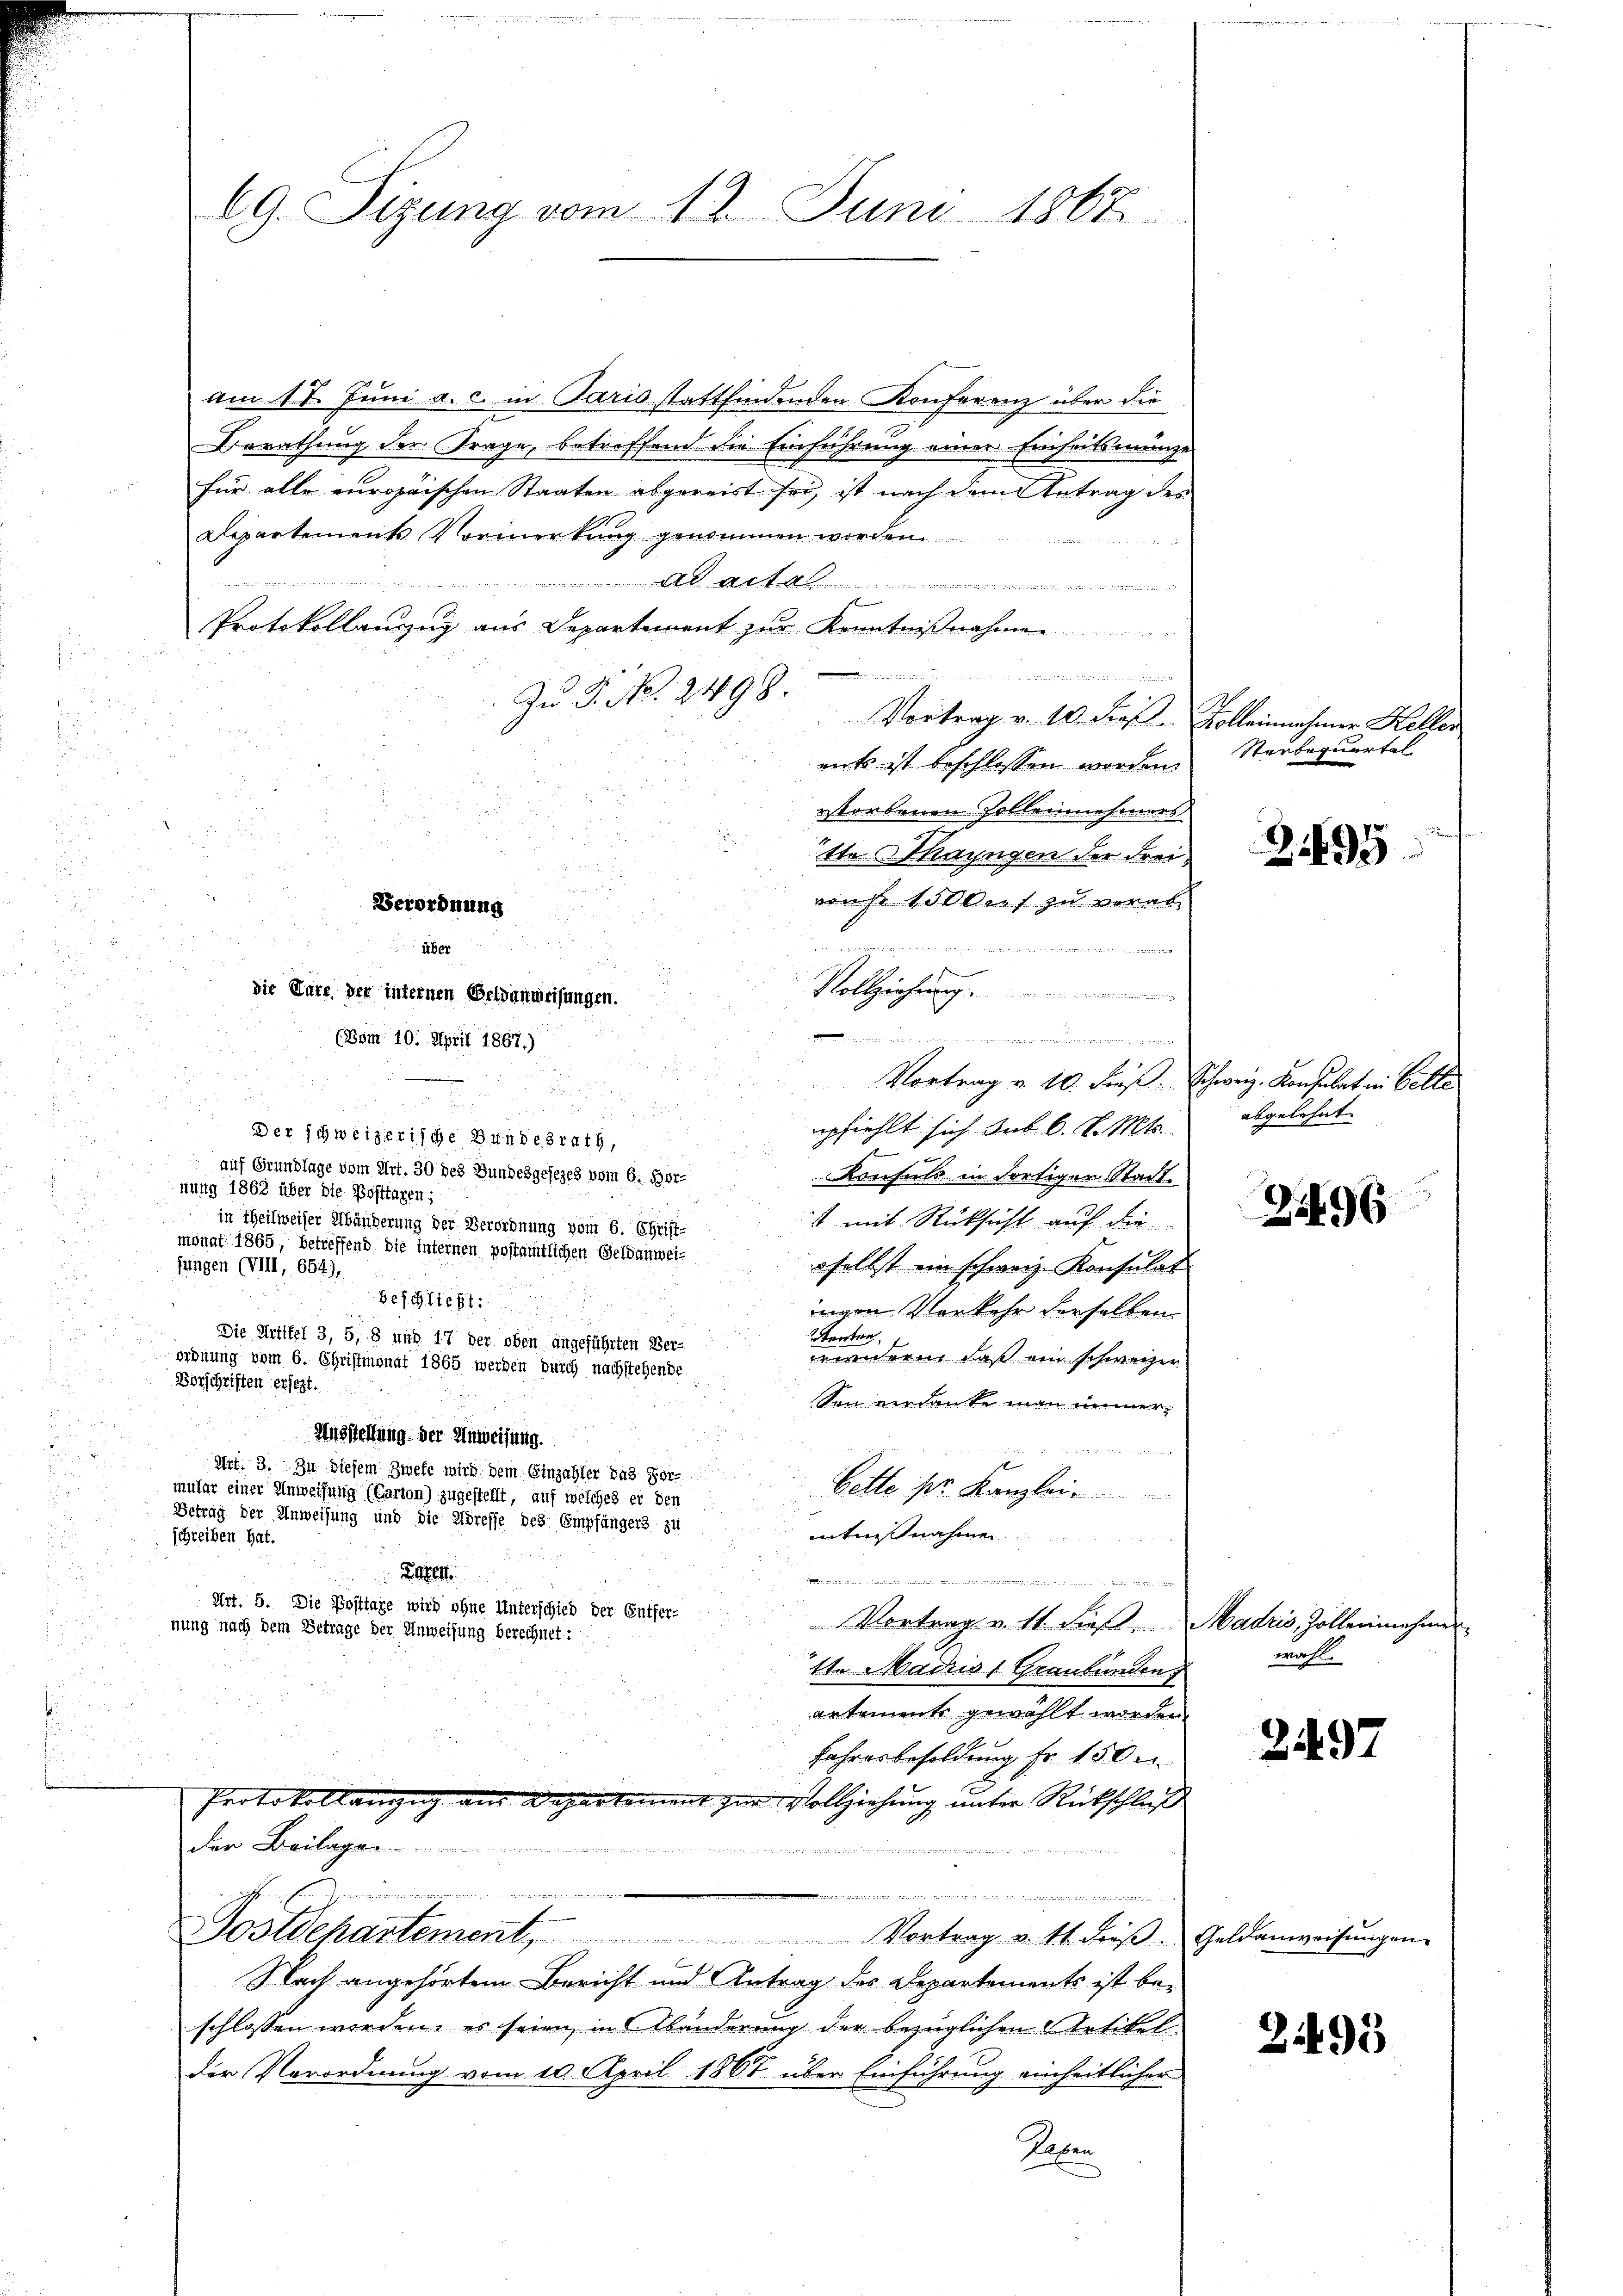
69. Sizung vom 12. Juni 1867

am 17. Juni a. c. in Paris stattfindenden Konferenz über die
Berathung der Frage, betreffend die Einführung einer Einheitsmünze
für alle europäischen Staaten abgereist sei, ist nach dem Antrag des
Departements Vormerkung genommen worden

t- |
f
Protokollanzug aus Departement zur Kenntnißnahme

Zu P. Nr. 2498.
Vortrag v. 10. Fros. Kolleinnahmer Keller
mits ist beschlossen worden.
estorbenen sollennehmers
tte. Mayngen der Freivon 150 dies zu verab¬
2 f 0 x
Vollziehung.
die Täte der internen Geldanweisungen.
(Böm 10. April 1867.)
Vortrag v. 10. dieß. Schweiz. Konsulat in Belle

mpfiehlt sich sub 6. d. Mts.
Der schweizerische Bundesrath,
u
8
auf Grundlage vom Art. 30 des Bundesgesezes vom 6. For-
Konsuls in dortigen Stadt
nung 1862 über die Posttagen;
s mit Rücksicht auf die
in Theilweiser Abänderung der Verordnung vom 6. Christ-
monat 1865, betreffend die internen postamtlichen Geldanweijungen (VIII, 654),
oselbst ein schweiz. Konsulat

Beschließt:
ingen Vorkehr derselben
tenten
Die Artikel 3, 5, 8 und 17 der oben angeführten Ver-
wirnern, daß ein schweizer
ordnung vom 6. Christmonat 1865 werden durch nachstehende
Vorschriften ersezt.
Son verdanke man immer¬
Ausstellung der Anweisung.
Art. 3. Zu diesem Zwefe wird dem Einzahler das For-
bette pr. Kanzlei
mular einer Anweisung (Carton) zugestellt, auf welches er den
Betrag der Anweisung und die Adresse des Empfängers zu
nntnisnahme
schreiben hat.
Roten

n
Art. 5. Die Posttaxe wird ohne Unterschied der Entfer-
Vortrag v. 11. dieß, Madris, Zolleinehme
nung nach dem Betrage der Anweisung berechnet:
tte Madrist Graubünden,
artements gewählt worden.
Jahresbesoldung fr. 150 u
Protokoll anzug aus Repartement zur Vollziehung unter Rückschluß
der Beilage
e
.
ostlchartement, Vortrag v. 14 dieβ. Geldanweisŭngen.
Nach angehörtem Bericht und Antrag des Departements ist be-
schlossen worden, es seien in Abänderung der bezüglichen Artikelder Verordnung vom 10. April 1867 über Einführung einheitlicher
Leben

Verordnung
über

eeren er ersten der

Sterbequertel

2495

abgelehnt

296

wahl.

2497

2193